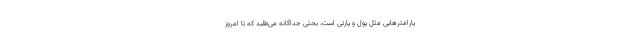
پارامترهایی مثل پول و پارتی است، بحثی جداگانه می‌طلبد که تا امروز